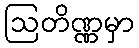
ဩတိဏ္ဏမှာ